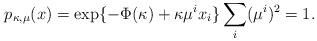
LaTeX: \begin{align*}p_{\kappa,\mu}(x) = \exp\{ - \Phi(\kappa) + \kappa \mu^i x_i \} & \sum_i (\mu^i)^2 = 1.\end{align*}